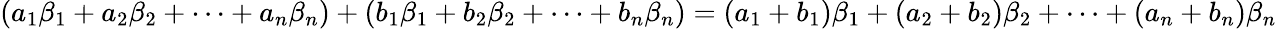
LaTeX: (a_{1}\beta_{1}+a_{2}\beta_{2}+\cdots+a_{n}\beta_{n})+(b_{1}\beta_{1}+b_{2}\beta_{2}+\cdots+b_{n}\beta_{n})=(a_{1}+b_{1})\beta_{1}+(a_{2}+b_{2})\beta_{2}+\cdots+(a_{n}+b_{n})\beta_{n}